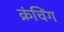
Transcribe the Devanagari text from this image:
क्रंचिंग